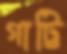
গাট্টি